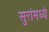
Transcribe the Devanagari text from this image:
सुरांमध्ये